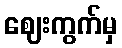
ဈေးကွက်မှ